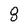
Character: 8